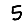
Digit: 5